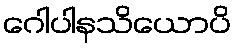
ဂေါပါနသိယောပိ